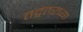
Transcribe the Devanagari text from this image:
तद्नंतरच्या